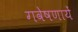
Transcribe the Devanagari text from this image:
गवेषणायें